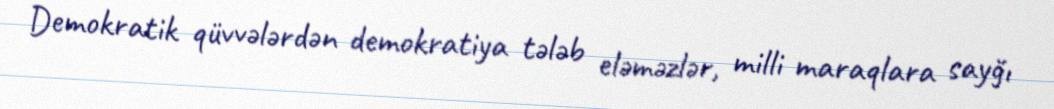
Demokratik qüvvələrdən demokratiya tələb eləməzlər, milli maraqlara sayğı